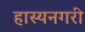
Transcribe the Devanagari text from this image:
हास्यनगरी